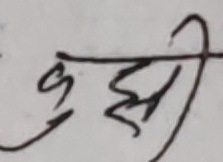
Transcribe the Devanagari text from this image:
कुही